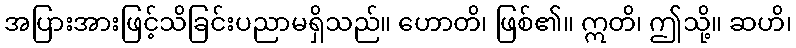
အပြားအားဖြင့်သိခြင်းပညာမရှိသည်။ ဟောတိ၊ ဖြစ်၏။ ဣတိ၊ ဤသို့။ ဆဟိ၊